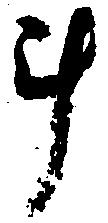
斗